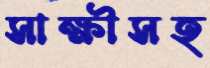
সাক্ষীসহ